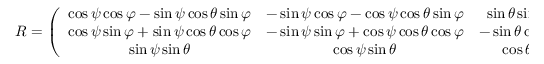
\begin{array} { r } { R = \left( \begin{array} { c c c } { \cos \psi \cos \varphi - \sin \psi \cos \theta \sin \varphi } & { - \sin \psi \cos \varphi - \cos \psi \cos \theta \sin \varphi } & { \sin \theta \sin \varphi } \\ { \cos \psi \sin \varphi + \sin \psi \cos \theta \cos \varphi } & { - \sin \psi \sin \varphi + \cos \psi \cos \theta \cos \varphi } & { - \sin \theta \cos \varphi } \\ { \sin \psi \sin \theta } & { \cos \psi \sin \theta } & { \cos \theta } \end{array} \right) } \end{array}